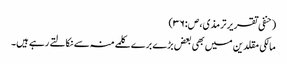
(حنفی تقریر ترمذی،ص:۳۶)
مالکی مقلدین میں بھی بعض بڑے برے کلمے منہ سے نکالتے رہے ہیں۔